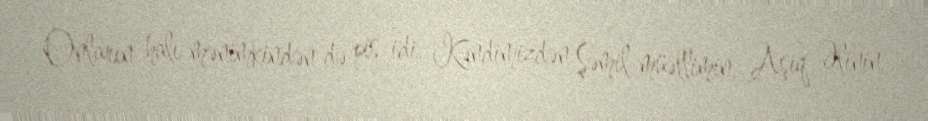
Onların halı mənimkindən də pis idi. Kəndimizdən Şəmil müəllimin, Aşıq Əlinin,